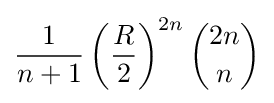
{\frac {1}{n+1}}\left({R \over 2}\right)^{2n}{2n \choose n}